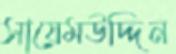
সায়েমউদ্দিন